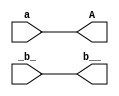
module test ( input a, input _b_, output A, output b__);
  assign A = a;
  assign b__ = _b_;
endmodule